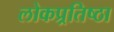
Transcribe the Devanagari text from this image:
लोकप्र्रतिष्ठा